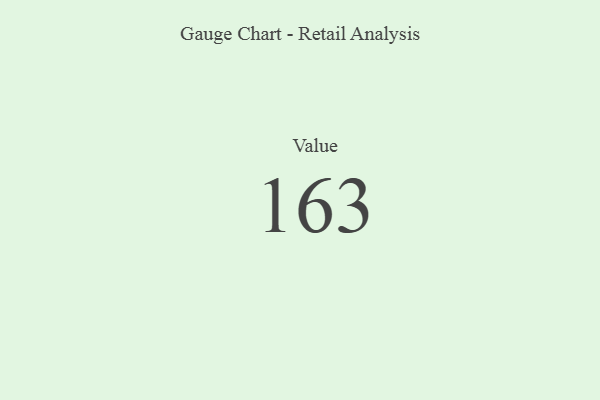
{"axis": {"x": "Metric", "y": "Value"}, "legend": [""], "data": [{"x": "Value", "y": 163, "type": ""}]}